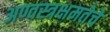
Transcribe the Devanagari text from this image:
अण्वस्त्रक्षमतेचे